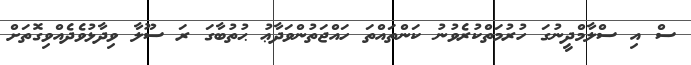
ސް އި ސްލާމްދީނުގަ ހުރުމަތްކުރެވުނު ކަންތައްތަ ހައްޖަތުންވަދާޢު ޙުތުބާގަ ރަ ސޫލާ ވިދާޅުވެދެއްވިގޮތަށް